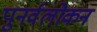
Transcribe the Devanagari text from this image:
पुनर्वलोकन